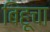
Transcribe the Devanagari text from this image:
बिहूचा